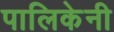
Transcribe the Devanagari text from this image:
पालिकेनी